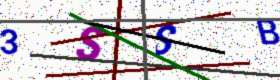
Text: 3SSB